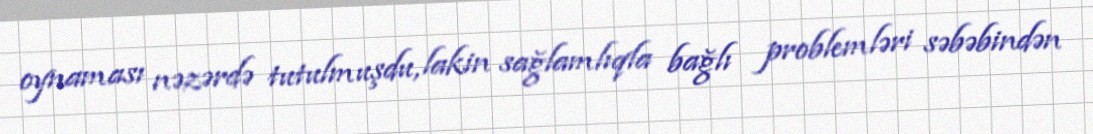
oynaması nəzərdə tutulmuşdu, lakin sağlamlıqla bağlı problemləri səbəbindən